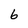
Character: 6